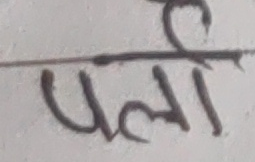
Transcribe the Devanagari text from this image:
पर्ता